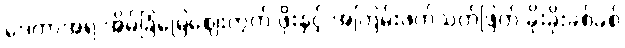
ဒေတာအရ အိမ်ခြံမြေဈေးကွက် ဖိုးနှင့် အကြမ်းဖက်သတ်ဖြတ် ခိုးခိုးခစ်ခစ်